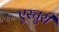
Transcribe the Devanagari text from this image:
एस्चुरी